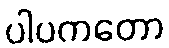
ပါပကတော